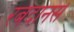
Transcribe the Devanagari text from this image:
रबदानसे